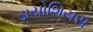
ડાયોશિયસ